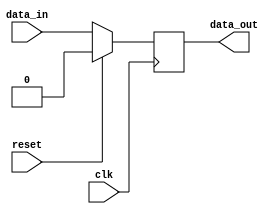
module sequential_logic (
    input wire clk,
    input wire reset,
    input wire data_in,
    output reg data_out
);

//Behavioral modeling block triggered on positive edge of clock
always @(posedge clk) begin
    if (reset) begin
        data_out <= 0;
    end else begin
        data_out <= data_in;
    end
end

endmodule